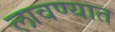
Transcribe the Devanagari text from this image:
लावण्‍यात